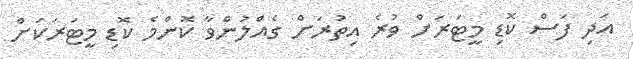
އަދި ފަސް ކޮޑި މީޓަރަށް ވުރެ އިތުރަށް ގެއްލުންވާ ކޮންމެ ކޮޑި މީޓަރަކަށް